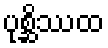
ပုစ္ဆိဿထ